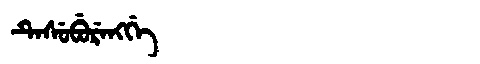
Manchu: ᡨᡝᠰᡠᠪᡠᡵᡝᠩᡤᡝ
Romanization: TESUBURENGGE